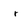
Character: r